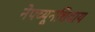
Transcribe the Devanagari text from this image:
नेपच्यूनशिवाय